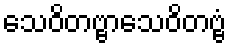
သေဝိတဗ္ဗာသေဝိတဗ္ဗံ